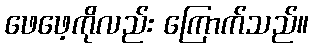
ဖေဖေ့ကိုလည်း ကြောက်သည်။